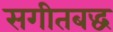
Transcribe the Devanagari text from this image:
सगीतबद्ध